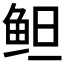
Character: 𱇞